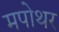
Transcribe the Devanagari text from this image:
मपोथर